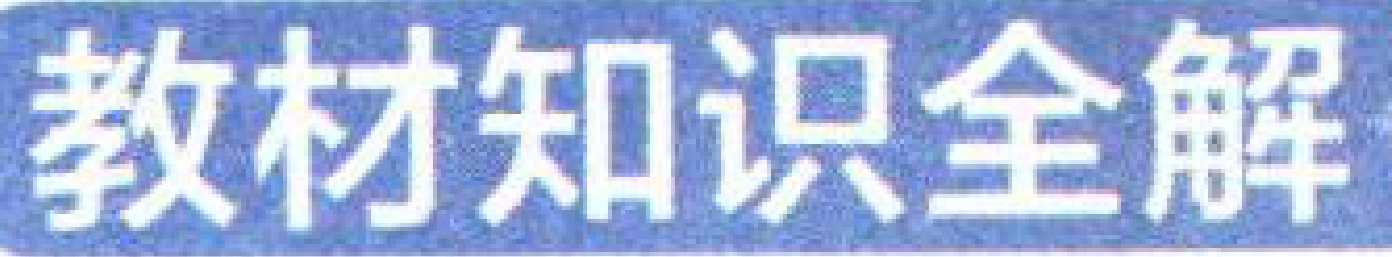
教材知识全解